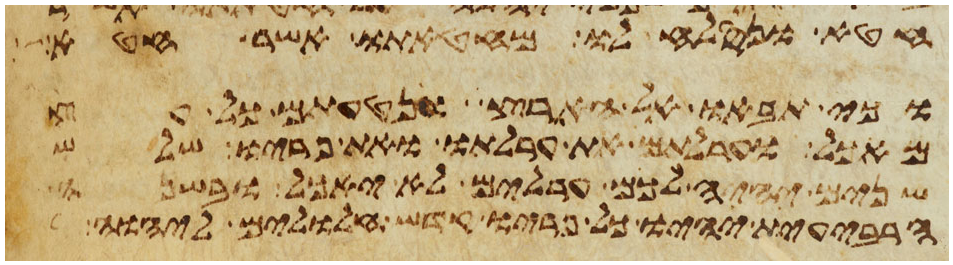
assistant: חטא ונסלח לו מחטאתו אשר חטא
וכי תבאו אל הארץ ונטעתם כל
מאכל וערלתם את ערלתו את פריו שלש
שנים יהיה לכם ערלים לא יאכל ובשנה
הרביעית יהיו כל פריו קדש חללים ליהוה